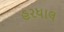
હરધાલ